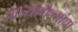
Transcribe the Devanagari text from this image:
आल्यागेल्यांचा